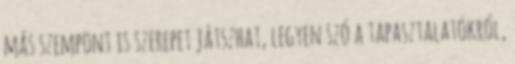
más szempont is szerepet játszhat, legyen szó a tapasztalatokról,